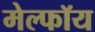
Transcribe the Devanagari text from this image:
मेल्फॉय